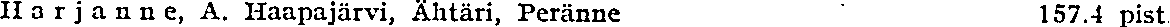
Harjanne, A. Haapajärvi, Ahtäri, Peränne 157.4 pist